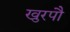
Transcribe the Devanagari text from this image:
खुरपौ